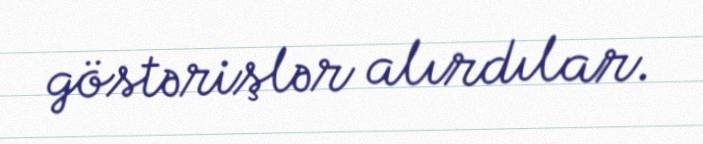
göstərişlər alırdılar.